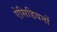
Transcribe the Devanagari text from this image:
ऐसिडियनों